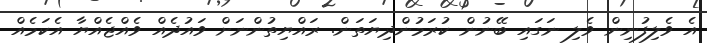
އެ ވެލިފުނިން ވެލި ނަގައި ބޭނުން ކުރަމުންދިޔަތަން. ރައްޔިތުންނަށް ވައުދެއް ވެއްޖެއްޔާ އެކަމެއް